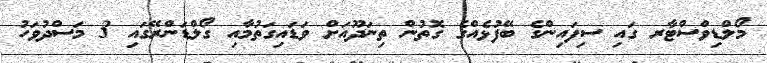
މޯލްޑިވްސްޓާރ ގައި ސިފައިންގެ ބޭފުޅެއްގެ ގޮތުން ތިނަދޫއަށް ވަޑައިގަތުމާއި ގޯލްޑަންރޭގައި 3 މަސްދުވަހު